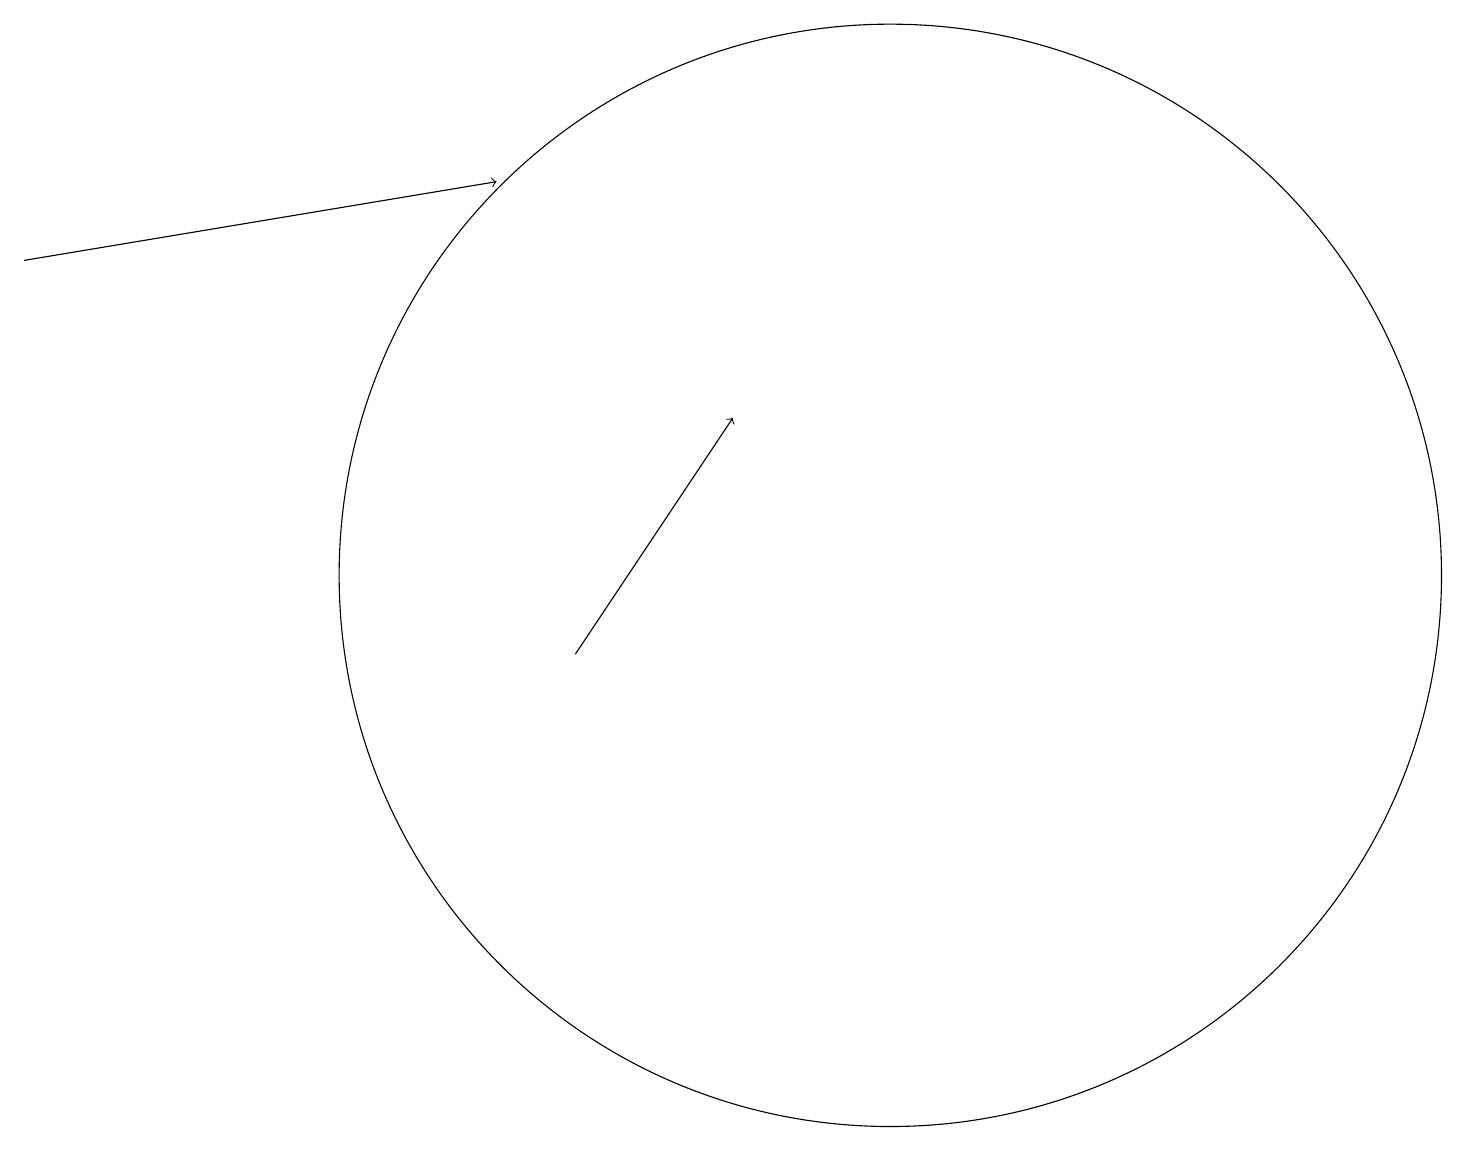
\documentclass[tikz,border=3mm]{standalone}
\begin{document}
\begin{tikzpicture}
\draw[->] (7,10) -- (9,13);
\draw[->] (0,15) -- (6,16);
\draw (11,11) circle (7);
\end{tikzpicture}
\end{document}